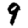
Digit: 9